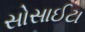
સોસાઈટા